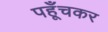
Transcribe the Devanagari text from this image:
पहूँचकर